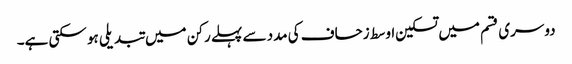
دوسری قسم میں تسکین اوسط زحاف کی مدد سے پہلے رکن میں تبدیلی ہو سکتی ہے۔